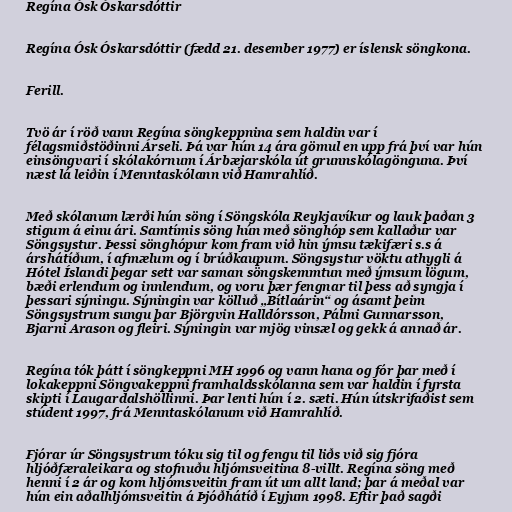
Regína Ósk Óskarsdóttir

Regína Ósk Óskarsdóttir (fædd 21. desember 1977) er íslensk söngkona.

Ferill.

Tvö ár í röð vann Regína söngkeppnina sem haldin var í
félagsmiðstöðinni Árseli. Þá var hún 14 ára gömul en upp frá því var hún
einsöngvari í skólakórnum í Árbæjarskóla út grunnskólagönguna. Því
næst lá leiðin í Menntaskólann við Hamrahlíð.

Með skólanum lærði hún söng í Söngskóla Reykjavíkur og lauk þaðan 3
stigum á einu ári. Samtímis söng hún með sönghóp sem kallaður var
Söngsystur. Þessi sönghópur kom fram við hin ýmsu tækifæri s.s á
árshátíðum, í afmælum og í brúðkaupum. Söngsystur vöktu athygli á
Hótel Íslandi þegar sett var saman söngskemmtun með ýmsum lögum,
bæði erlendum og innlendum, og voru þær fengnar til þess að syngja í
þessari sýningu. Sýningin var kölluð „Bítlaárin“ og ásamt þeim
Söngsystrum sungu þar Björgvin Halldórsson, Pálmi Gunnarsson,
Bjarni Arason og fleiri. Sýningin var mjög vinsæl og gekk á annað ár.

Regína tók þátt í söngkeppni MH 1996 og vann hana og fór þar með í
lokakeppni Söngvakeppni framhaldsskólanna sem var haldin í fyrsta
skipti í Laugardalshöllinni. Þar lenti hún í 2. sæti. Hún útskrifaðist sem
stúdent 1997, frá Menntaskólanum við Hamrahlíð.

Fjórar úr Söngsystrum tóku sig til og fengu til liðs við sig fjóra
hljóðfæraleikara og stofnuðu hljómsveitina 8-villt. Regína söng með
henni í 2 ár og kom hljómsveitin fram út um allt land; þar á meðal var
hún ein aðalhljómsveitin á Þjóðhátíð í Eyjum 1998. Eftir það sagði